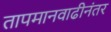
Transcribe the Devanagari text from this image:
तापमानवाढीनंतर